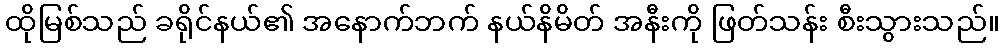
ထိုမြစ်သည် ခရိုင်နယ်၏ အနောက်ဘက် နယ်နိမိတ် အနီးကို ဖြတ်သန်း စီးသွားသည်။